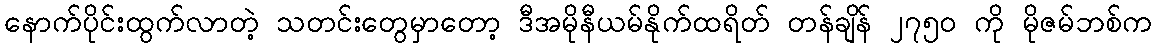
နောက်ပိုင်းထွက်လာတဲ့ သတင်းတွေမှာတော့ ဒီအမိုနီယမ်နိုက်ထရိတ် တန်ချိန် ၂၇၅၀ ကို မိုဇမ်ဘစ်က